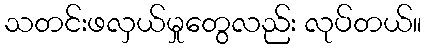
သတင်းဖလှယ်မှုတွေလည်း လုပ်တယ်။